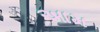
આમ